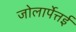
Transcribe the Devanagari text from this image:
जोलार्पेत्तई